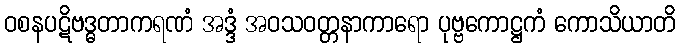
ဝစနပဋိဗဒ္ဓတာကရဏံ အဒ္ဒံ အဝသဝတ္တနာကာရော ပုဗ္ဗကောဋ္ဌကံ ကောသိယာတိ